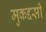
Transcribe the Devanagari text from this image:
मुकद्दसी